Leprosy in India: report of the Leprosy Commission in India, 1890-91
Year: 1890
Disease focus: Leprosy
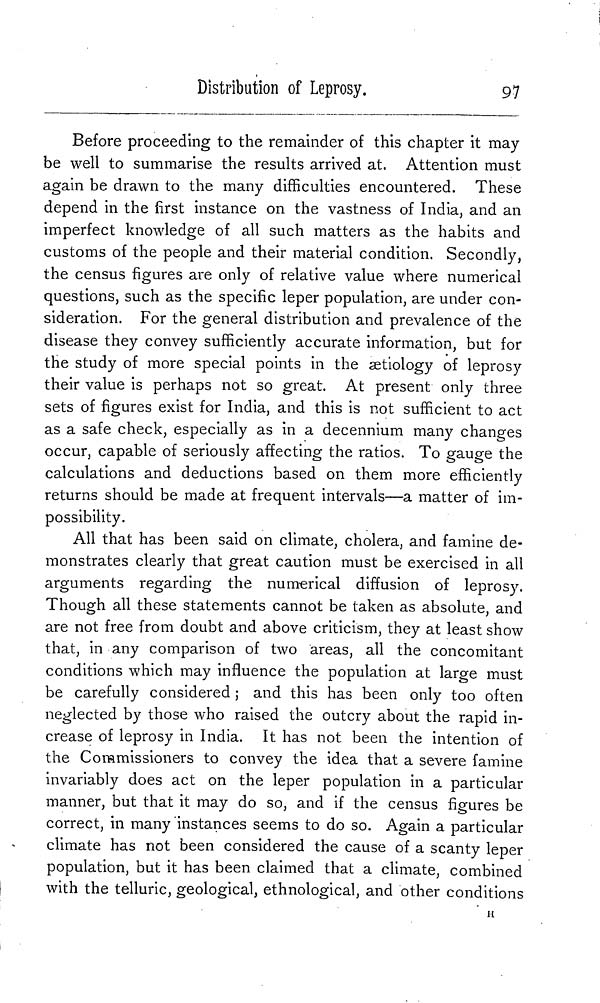
Distribution of Leprosy.
97
Before proceeding to the remainder of this chapter it may
be well to summarise the results arrived at. Attention must
again be drawn to the many difficulties encountered. These
depend in the first instance on the vastness of India, and an
imperfect knowledge of all such matters as the habits and
customs of the people and their material condition. Secondly,
the census figures are only of relative value where numerical
questions, such as the specific leper population, are under con-
sideration. For the general distribution and prevalence of the
disease they convey sufficiently accurate information, but for
the study of more special points in the aetiology of leprosy
their value is perhaps not so great. At present only three
sets of figures exist for India, and this is not sufficient to act
as a safe check, especially as in a decennium many changes
occur, capable of seriously affecting the ratios. To gauge the
calculations and deductions based on them more efficiently
returns should be made at frequent intervals—a matter of im-
possibility.
All that has been said on climate, cholera, and famine de-
monstrates clearly that great caution must be exercised in all
arguments regarding the numerical diffusion of leprosy.
Though all these statements cannot be taken as absolute, and
are not free from doubt and above criticism, they at least show
that, in any comparison of two areas, all the concomitant
conditions which may influence the population at large must
be carefully considered ; and this has been only too often
neglected by those who raised the outcry about the rapid in-
crease of leprosy in India. It has not been the intention of
the Commissioners to convey the idea that a severe famine
invariably does act on the leper population in a particular
manner, but that it may do so, and if the census figures be
correct, in many instances seems to do so. Again a particular
climate has not been considered the cause of a scanty leper
population, but it has been claimed that a climate, combined
with the telluric, geological, ethnological, and other conditions
H